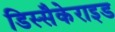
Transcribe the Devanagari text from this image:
डिस्सैकेराइड